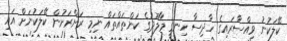
ކޭލަކުނު ވިއްސާރައިގެ ހާދިސާ ހިނގީ މާލޫދުގެ ކަންތައްތައް ނިމި ރަށްރަށުން ކޭލަކުނަށް އައި